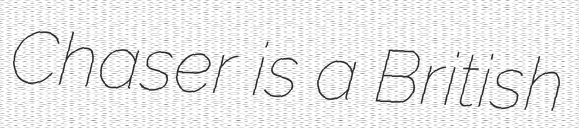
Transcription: Chaser is a British